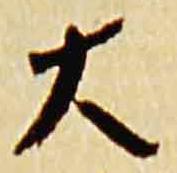
大